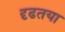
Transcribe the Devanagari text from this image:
दृढतया